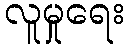
လူမှုရေး